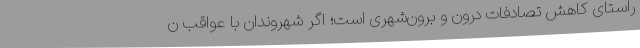
راستای کاهش تصادفات درون و برون‌شهری است؛ اگر شهروندان با عواقب ن